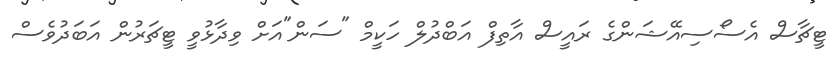
ޓީޗާސް އެސޯސިއޭޝަންގެ ރައީސް އާތިފް އަބްދުލް ހަކީމް "ސަން"އަށް ވިދާޅުވީ ޓީޗަރުން އަބަދުވެސް